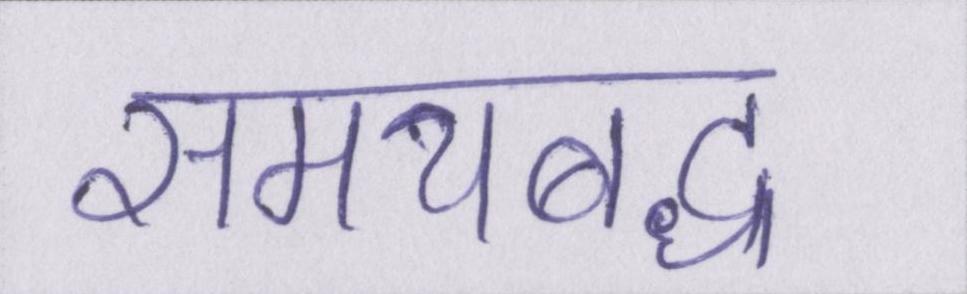
समयबद्ध